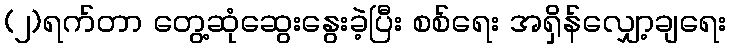
(၂)ရက်တာ တွေ့ဆုံဆွေးနွေးခဲ့ပြီး စစ်ရေး အရှိန်လျှော့ချရေး